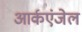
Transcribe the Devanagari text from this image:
आर्कएंजेल